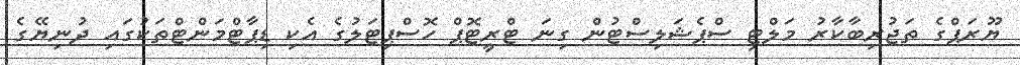
ޔޫރަޕްގެ ތަޖުރިބާކާރު މަލްޓި ސްޕެޝަލިސްޓުން ގިނަ ޓްރީޓޮޕް ހޮސްޕިޓަލުގެ އެކި ޑިޕާޓްމަންޓްތަކުގައި ދުނިޔޭގެ